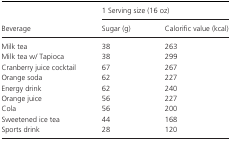
<table><thead><tr><td rowspan="2"><b>Beverage</b></td><td colspan="2"><b>1 Serving size (16 oz)</b></td></tr><tr><td><b>Sugar (g)</b></td><td><b>Calorific value (kcal)</b></td></tr></thead><tbody><tr><td>Milk tea</td><td>38</td><td>263</td></tr><tr><td>Milk tea w/ Tapioca</td><td>38</td><td>299</td></tr><tr><td>Cranberry juice cocktail</td><td>67</td><td>267</td></tr><tr><td>Orange soda</td><td>62</td><td>227</td></tr><tr><td>Energy drink</td><td>62</td><td>240</td></tr><tr><td>Orange juice</td><td>56</td><td>227</td></tr><tr><td>Cola</td><td>56</td><td>200</td></tr><tr><td>Sweetened ice tea</td><td>44</td><td>168</td></tr><tr><td>Sports drink</td><td>28</td><td>120</td></tr></tbody></table>